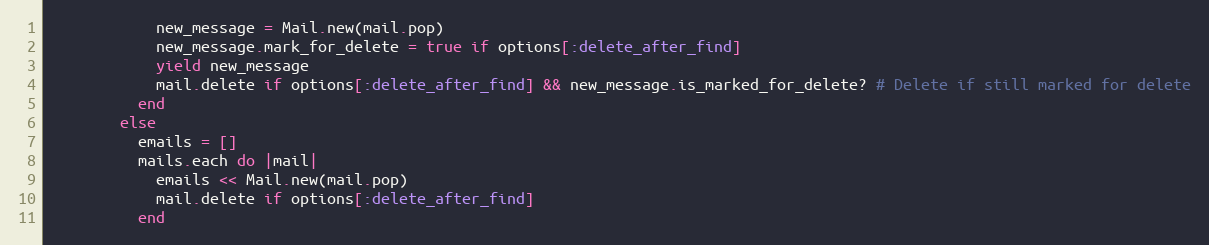
Language: Ruby
            new_message = Mail.new(mail.pop)
            new_message.mark_for_delete = true if options[:delete_after_find]
            yield new_message
            mail.delete if options[:delete_after_find] && new_message.is_marked_for_delete? # Delete if still marked for delete
          end
        else
          emails = []
          mails.each do |mail|
            emails << Mail.new(mail.pop)
            mail.delete if options[:delete_after_find]
          end